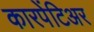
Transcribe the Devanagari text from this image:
कारपेंटिअर